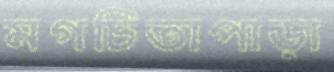
মগচিতাপাড়া